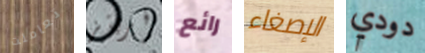
تعاملت فريتز رائع الإصغاء دودي